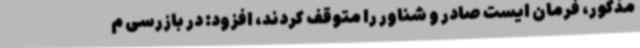
مذکور، فرمان ایست صادر و شناور را متوقف کردند، افزود: در بازرسی م